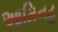
આમિનહ